Sketch of the medical history of the native army of Bombay, for the year
Year: 1870
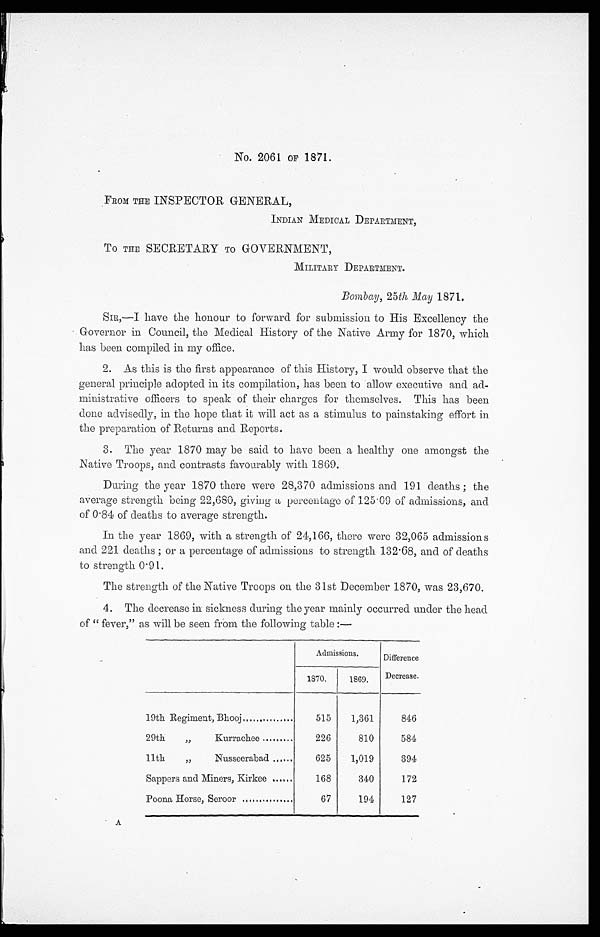
No. 2061 OF 1871.
FROM THE INSPECTOR GENERAL,
INDIAN MEDICAL DEPARTMENT
TO THE SECRETARY TO GOVERNMENT,
MILITARY DEPARTMENT.
Bombay, 25th May 1871.
SIR,—I have the honour to forward for submission to His Excellency the
Governor in Council, the Medical History of the Native Army for 1870, which
has been compiled in my office.
2. As this is the first appearance of this History, I would observe that the
general principle adopted in its compilation, has been to allow executive and ad
-ministrative officers to speak of their charges for themselves. This has been
done advisedly, in the hope that it will act as a stimulus to painstaking effort in
the preparation of Returns and Reports.
3. The year 1870 may be said to have been a healthy one amongst the
Native Troops, and contrasts favourably with 1869:
During the year 1870 there were 28,370 admissions and 191 deaths; the
average strength being 22,680, giving a percentage of 125.09 of admissions, and
of 0.84 of deaths to average strength.
In the year 1869, with a strength of 24,166, there were 32,065 admissions
and 221 deaths; or a percentage of admissions to strength 132.68, and of deaths
to strength 0.91.
The strength of the Native Troops on the 31st December 1870, was 23,670.
4. The decrease in sickness during the year mainly occurred under the head
of "fever," as will be seen from the following table:—
Admissions.
Difference
1870.
1809.
Decrease.
19th Regiment, Bhooj
515
1,361
846
29th
„
Kurrachee
226
810
584
11th
„
Nusseerabad
625
1,019
394
Sappers and Miners, Kirkee
168
340
172
Poona Horse, Seroor
67
194
127
A